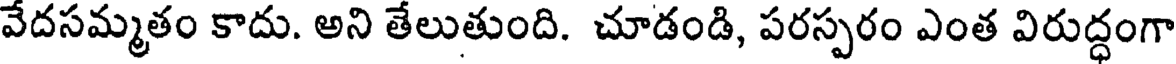
వేదసమ్మతం కాదు. అని తేలుతుంది. చూడండి, పరస్పరం ఎంత విరుద్ధంగా